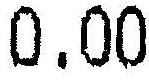
0.00